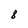
Character: 8